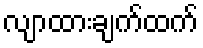
လျာထားချက်ထက်